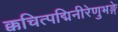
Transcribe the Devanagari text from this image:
क्कचित्पद्मिनीरेणुभङ्गे